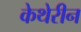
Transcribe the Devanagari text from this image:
केथेरीन